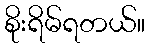
စိုးရိမ်ရတယ်။